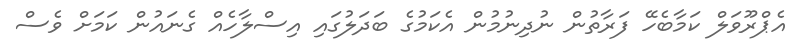
އެޕްރޫވަލް ކަމާބެހޭ ފަރާތުން ނުދިނުމުން އެކަމުގެ ބަދަލުގައި އިސްލާހެއް ގެނައުން ކަމަށް ވެސް